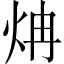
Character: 𬊁